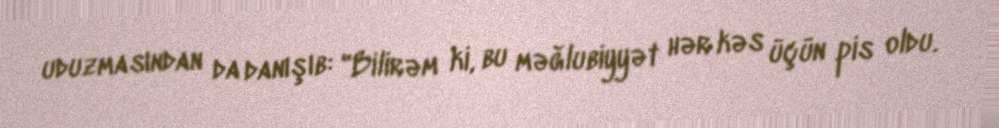
uduzmasından da danışıb: "Bilirəm ki, bu məğlubiyyət hər kəs üçün pis oldu.